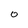
Character: O